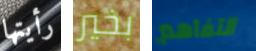
رأيتها بخير التفاهم